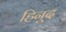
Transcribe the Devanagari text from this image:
हिनूद